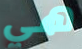
هي